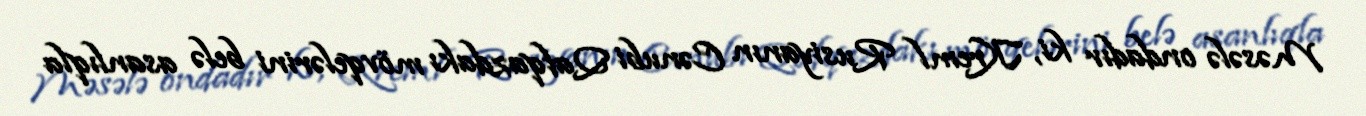
Məsələ ondadır ki, Kreml Rusiyanın Cənubi Qafqazdakı mövqelərini belə asanlıqla